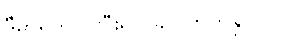
ဒီမှာရိုက်ပါ ပြီးရင် ခလုတ်ကိုနှိပ်ပါ။